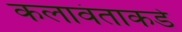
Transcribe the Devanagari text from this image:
कलावंताकडे